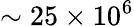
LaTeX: \sim 25\times 10^{6}